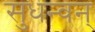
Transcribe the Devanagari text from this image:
सुधन्वन्‌